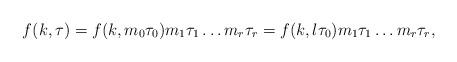
LaTeX: \begin{align*}f(k,\tau)=f(k,m_0\tau_0)m_1\tau_1\dots m_r\tau_r=f(k,l\tau_0)m_1\tau_1\dots m_r\tau_r,\end{align*}